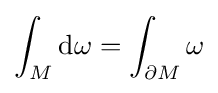
\int _{M}\mathrm {d} \omega =\int _{\partial M}\omega